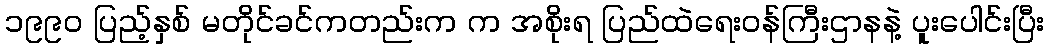
၁၉၉၀ ပြည့်နှစ် မတိုင်ခင်ကတည်းက က အစိုးရ ပြည်ထဲရေးဝန်ကြီးဌာနနဲ့ ပူးပေါင်းပြီး